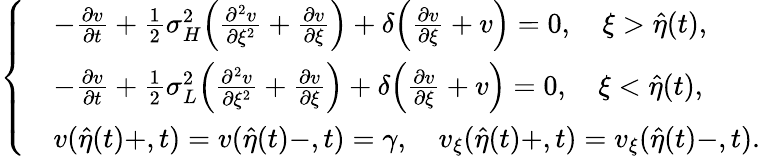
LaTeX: \left\{ \begin{array}{rl}&{-\frac{{\partial}v}{{\partial}t}+\frac 12{\sigma}_{H}^{2}\Big(\frac{{\partial}^{2}v}{{\partial}\xi^{2}}+\frac{{\partial}v}{{\partial}\xi}\Big)+\delta\Big(\frac{{\partial}v}{{\partial}\xi}+v\Big)=0,\quad\xi>\hat{\eta}(t),}\\ &{-\frac{{\partial}v}{{\partial}t}+\frac 12{\sigma}_{L}^{2}\Big(\frac{{\partial}^{2}v}{{\partial}\xi^{2}}+\frac{{\partial}v}{{\partial}\xi}\Big)+\delta\Big(\frac{{\partial}v}{{\partial}\xi}+v\Big)=0,\quad\xi<\hat{\eta}(t),}\\ &{v(\hat{\eta}(t)+,t)=v(\hat{\eta}(t)-,t)=\gamma,\quad v_{\xi}(\hat{\eta}(t)+,t)=v_{\xi}(\hat{\eta}(t)-,t).}\end{array}\right.